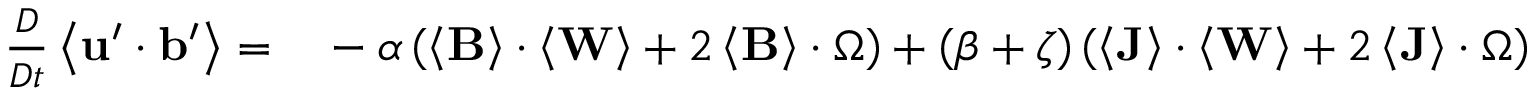
\begin{array} { r l } { \frac { D } { D t } \left\langle \mathbf { u } ^ { \prime } \cdot \mathbf { b } ^ { \prime } \right\rangle = } & { { } - \alpha \left( \left\langle \mathbf { B } \right\rangle \cdot \left\langle \mathbf { W } \right\rangle + 2 \left\langle \mathbf { B } \right\rangle \cdot \boldsymbol { \Omega } \right) + \left( \beta + \zeta \right) \left( \left\langle \mathbf { J } \right\rangle \cdot \left\langle \mathbf { W } \right\rangle + 2 \left\langle \mathbf { J } \right\rangle \cdot \boldsymbol { \Omega } \right) } \end{array}